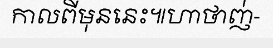
កាលពីមុននេះ៕ហាថាញ់-